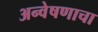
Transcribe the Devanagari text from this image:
अन्वेषणाचा